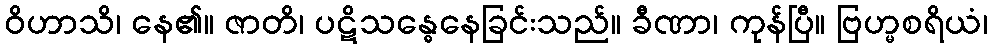
ဝိဟာသိ၊ နေ၏။ ဇာတိ၊ ပဋိသန္ဓေနေခြင်းသည်။ ခီဏာ၊ ကုန်ပြီ။ ဗြဟ္မစရိယံ၊